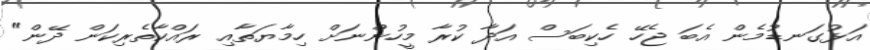
އަޅުގަނޑުމެން އެބަ ޖެހޭ ހެކިބަސް އަދާ ކުރާ މީހުންނަށް ހިމާޔަތާއި ރައްކާތެރިކަން ދޭން"